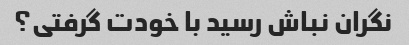
نگران نباش رسید با خودت گرفتی؟